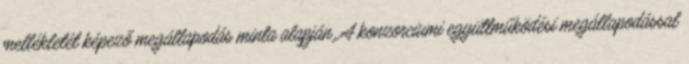
mellékletét képező megállapodás minta alapján. A konzorciumi együttműködési megállapodással